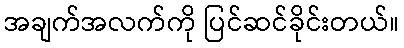
အချက်အလက်ကို ပြင်ဆင်ခိုင်းတယ်။